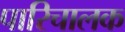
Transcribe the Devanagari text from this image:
पारिचालक